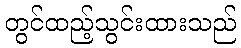
တွင်ထည့်သွင်းထားသည်